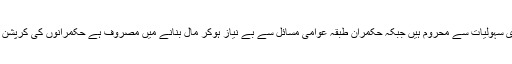
سندھ کے عوام آج بھی بنیادی سہولیات سے محروم ہیں جبکہ حکمران طبقہ عوامی مسائل سے بے نیاز ہوکر مال بنانے میں مصروف ہے حکمرانوں کی کرپشن کے قصے زبان زد عام ہیں۔